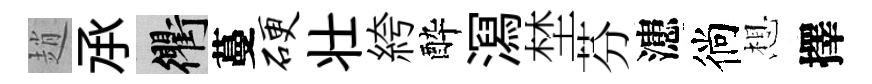
趙𠄘衢蔓硬壮絝酔㵼埜芬漶徜想擇